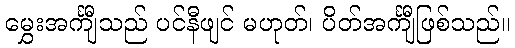
မွှေးအင်္ကျီသည် ပင်နီဖျင် မဟုတ်၊ ပိတ်အင်္ကျီဖြစ်သည်။